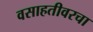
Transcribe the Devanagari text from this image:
वसाहतीवरचा